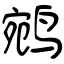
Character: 鹓